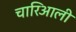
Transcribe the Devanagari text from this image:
चारिआली